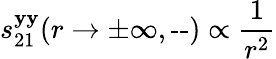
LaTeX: s_{21}^{\mathbf{y}\mathbf{y}}(r\rightarrow\pm\infty,\textrm{{--}})\propto\frac{{1}}{{r^{2}}}